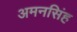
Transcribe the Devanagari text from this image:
अमनसिंह